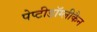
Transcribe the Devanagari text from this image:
पेप्टीडॉग्लीकैन